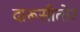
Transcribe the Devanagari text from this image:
दारूसीतोर